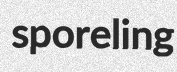
sporeling